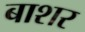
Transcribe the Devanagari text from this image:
बाशर